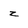
Character: z